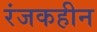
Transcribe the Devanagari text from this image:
रंजकहीन